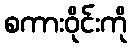
စကားဝိုင်းကို